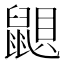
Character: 鼰